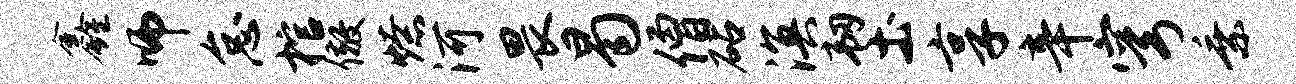
鑫师怠棺儆燎河畏曷僧砧溟韧土享辛穹乘